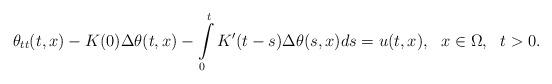
LaTeX: \begin{align*}\theta_{tt}(t,x)-K(0)\Delta\theta(t,x)-\int\limits^t_0K^{\prime}(t-s)\Delta\theta(s,x)ds=u(t,x),\ \ x\in\Omega,\ \ t>0.\end{align*}